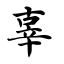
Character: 辜